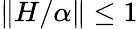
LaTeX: \| H/\alpha\| \leq 1